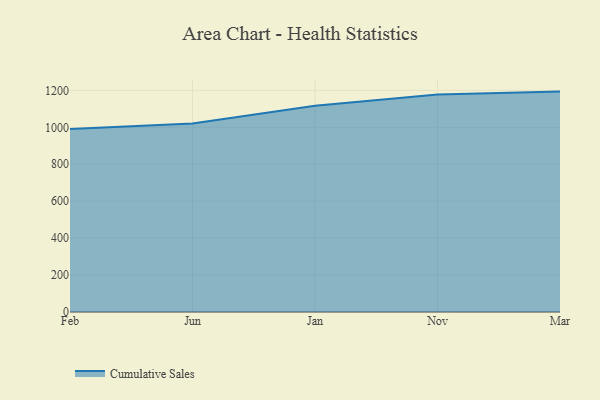
{"axis": {"x": "Month", "y": "Operating Costs (USD K)"}, "legend": ["Cumulative Sales"], "data": [{"x": "Feb", "y": 990.3, "type": "Cumulative Sales"}, {"x": "Jun", "y": 1021.1, "type": "Cumulative Sales"}, {"x": "Jan", "y": 1117.1, "type": "Cumulative Sales"}, {"x": "Nov", "y": 1177.4, "type": "Cumulative Sales"}, {"x": "Mar", "y": 1193.5, "type": "Cumulative Sales"}]}